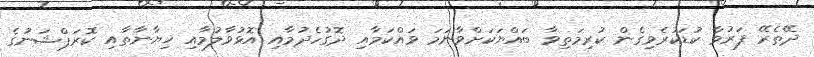
ދޭތެރޭ ފަރުވާ ކުޑަކުރެވިގެން ކުރިމަތިވާ ބައްޔަކަށްވާނަމަ ވައްކަމާއި ދޮގުހެދުމާއި އޮޅުވާލުމާއި ޚިޔާނާތާއި ކޮރަޕްޝަނުގެ